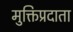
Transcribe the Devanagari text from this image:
मुक्तिप्रदाता